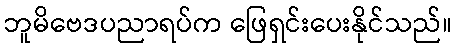
ဘူမိဗေဒပညာရပ်က ဖြေရှင်းပေးနိုင်သည်။